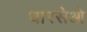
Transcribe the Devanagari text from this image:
धारसेओ